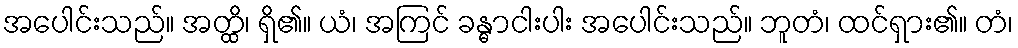
အပေါင်းသည်။ အတ္ထိ၊ ရှိ၏။ ယံ၊ အကြင် ခန္ဓာငါးပါး အပေါင်းသည်။ ဘူတံ၊ ထင်ရှား၏။ တံ၊